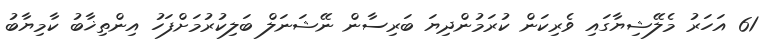
61 އަހަރު މެލޭޝިޔާގައި ވެރިކަން ކުރަމުންދިޔަ ބަރިސާން ނޭޝަނަލް ބަލިކުރުމަށްފަހު އިންތިޚާބު ކާމިޔާބު